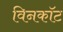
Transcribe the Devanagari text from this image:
विनकॉट